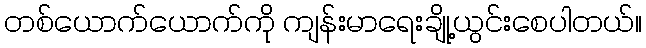
တစ်ယောက်ယောက်ကို ကျန်းမာရေးချို့ယွင်းစေပါတယ်။